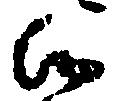
候